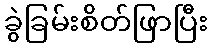
ခွဲခြမ်းစိတ်ဖြာပြီး